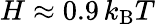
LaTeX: {\displaystyle H\approx 0.9\, k_{\mathrm{B}}T}